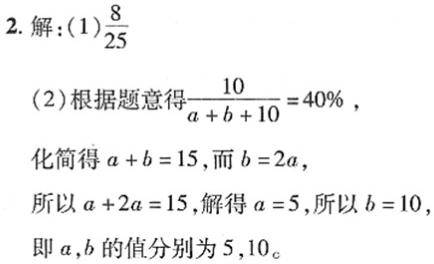
2. 解：(1)$\frac{8}{25}$
(2)根据题意得$\frac{10}{a + b + 10} = 40\%$，
化简得$a + b = 15$，而$b = 2a$，
所以$a + 2a = 15$，解得$a = 5$，所以$b = 10$，
即$a,b$的值分别为$5,10$。